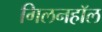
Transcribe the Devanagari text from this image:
गिलनहॉल